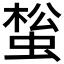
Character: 𧌻